Scottish Leaving Certificate Examination, 1956
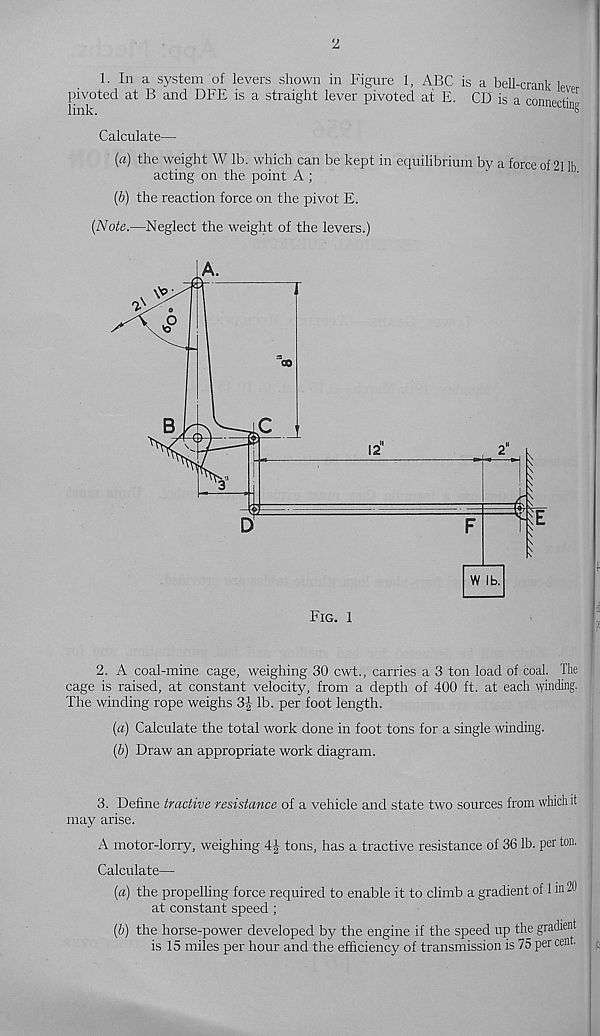
‘I
1. In a system of levers shown in Figure 1, ABC is a bell-crank W
pivoted at B and DFE is a straight lever pivoted at E. CD is a connerti ,
link.
UI1 8
Calculate—
(а) the weight W lb. which can be kept in equilibrium by a force of 21 lb
acting on the point A ;
(б) the reaction force on the pivot E.
(Aofe.—Neglect the weight of the levers.)
2. A coal-mine cage, weighing 30 cwt., carries a 3 ton load of coal. The
cage is raised, at constant velocity, from a depth of 400 ft. at each vyinding.
The winding rope weighs 3f lb. per foot length.
(a) Calculate the total work done in foot tons for a single winding.
(Z>) Draw an appropriate work diagram.
3. Define tractive resistance of a vehicle and state two sources from which it
may arise.
A motor-lorry, weighing 4| tons, has a tractive resistance of 36 lb. per ton. j
Calculate—
{a) the propelling force required to enable it to climb a gradient of 1 in
at constant speed;
(b) the horse-power developed by the engine if the speed up the gradient j
is 15 miles per hour and the efficiency of transmission is 75 per cent. ;